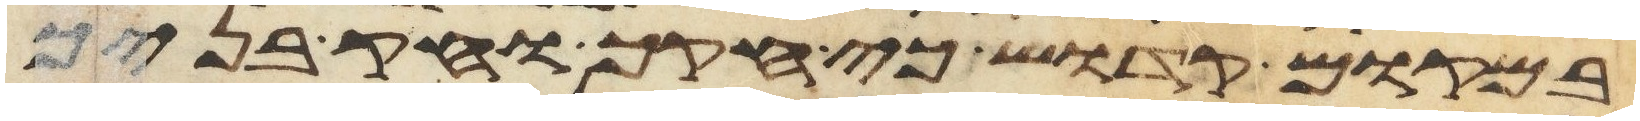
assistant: במקום קדוש כי חקך וחק בניך